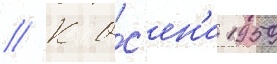
// К о́с'ен'и 1959